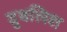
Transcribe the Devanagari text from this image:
दुबलिश